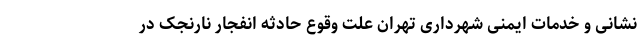
نشانی و خدمات ایمنی شهرداری تهران علت وقوع حادثه انفجار نارنجک در